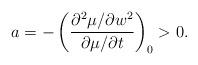
LaTeX: \begin{align*} a=-\left(\frac{\partial^2\mu/\partial w^2}{\partial \mu/\partial t}\right)_0>0.\end{align*}